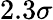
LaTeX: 2.3\sigma